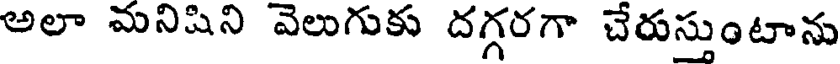
అలా మనిషిని వెలుగుకు దగ్గరగా చేరుస్తుంటాను